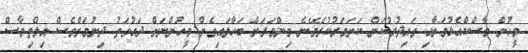
މީހުން މާސްކްއެޅުމަށާއި ގައިދުރުކަން ކަށަވަރުކުރެވޭނެ މިންވަރަށް ބަހާލައިގެން މީހުންނަށް ދައުވަތު ދިނުމަށްވެސް އިލްތިމާސް